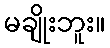
မချိုးဘူး။